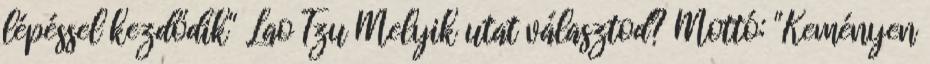
lépéssel kezdődik" Lao Tzu Melyik utat választod? Mottó: "Keményen